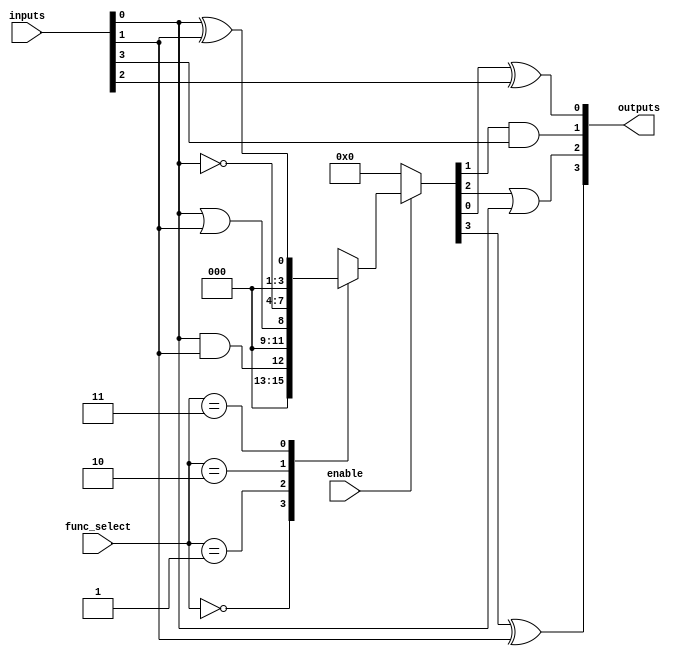
module combinational_logic_block (
    input  wire [3:0]  inputs,        // Input lines (4 inputs)
    input  wire [1:0]  func_select,   // Function select for LFUs
    input  wire        enable,        // Enable control signal
    output wire [3:0]  outputs        // Output lines (4 outputs)
);

    // Logic Function Units (LFUs)
    reg [3:0] lfus; // Register to hold LFU outputs

    always @(*) begin
        if (enable) begin
            case (func_select)
                2'b00: lfus = inputs[0] & inputs[1]; // AND
                2'b01: lfus = inputs[0] | inputs[1]; // OR
                2'b10: lfus = ~inputs[0];              // NOT
                2'b11: lfus = inputs[0] ^ inputs[1]; // XOR
                default: lfus = 4'b0000; // Default case
            endcase
        end else begin
            lfus = 4'b0000; // If not enabled, output 0
        end
    end

    // Programmable Interconnect (simplified)
    assign outputs[0] = lfus[0] ^ inputs[2]; // Example interconnect
    assign outputs[1] = lfus[1] & inputs[3];
    assign outputs[2] = lfus[2] | inputs[0];
    assign outputs[3] = lfus[3] ^ inputs[1];

endmodule